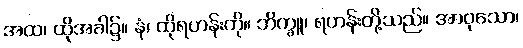
အထ၊ ထိုအခါ၌။ နံ၊ ထိုရဟန်းကို။ ဘိက္ခူ၊ ရဟန်းတို့သည်။ အာဝုသော၊